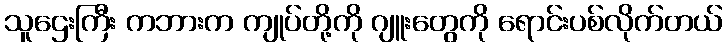
သူဌေးကြီး ကဘားက ကျုပ်တို့ကို ဂျူးတွေကို ရောင်းပစ်လိုက်တယ်